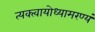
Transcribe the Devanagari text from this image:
त्यक्त्वायोध्यामरण्यं